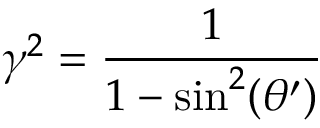
\gamma ^ { 2 } = \frac { 1 } { 1 - \sin ^ { 2 } ( \theta ^ { \prime } ) }